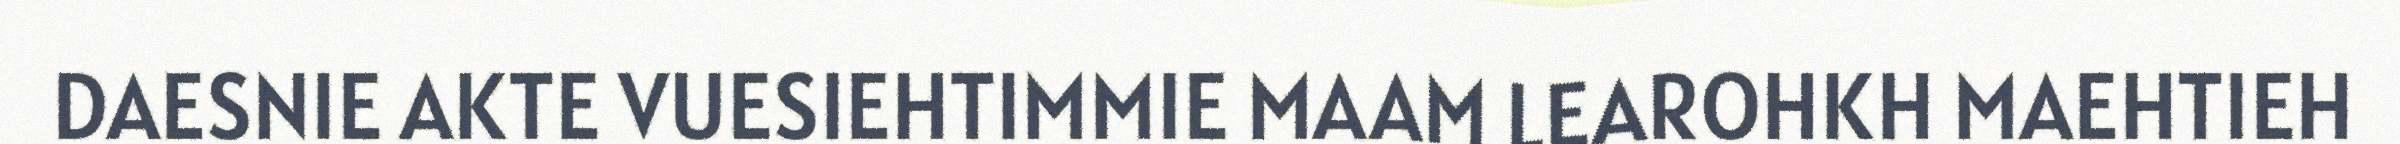
DAESNIE AKTE VUESIEHTIMMIE MAAM LEAROHKH MAEHTIEH